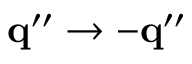
{ \bf q } ^ { \prime \prime } \to - { \bf q } ^ { \prime \prime }